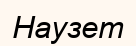
Наузет